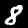
Digit: 8